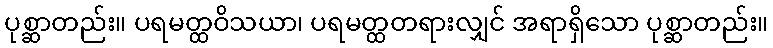
ပုစ္ဆာတည်း။ ပရမတ္ထဝိသယာ၊ ပရမတ္ထတရားလျှင် အရာရှိသော ပုစ္ဆာတည်း။